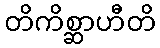
တိကိစ္ဆာဟီတိ